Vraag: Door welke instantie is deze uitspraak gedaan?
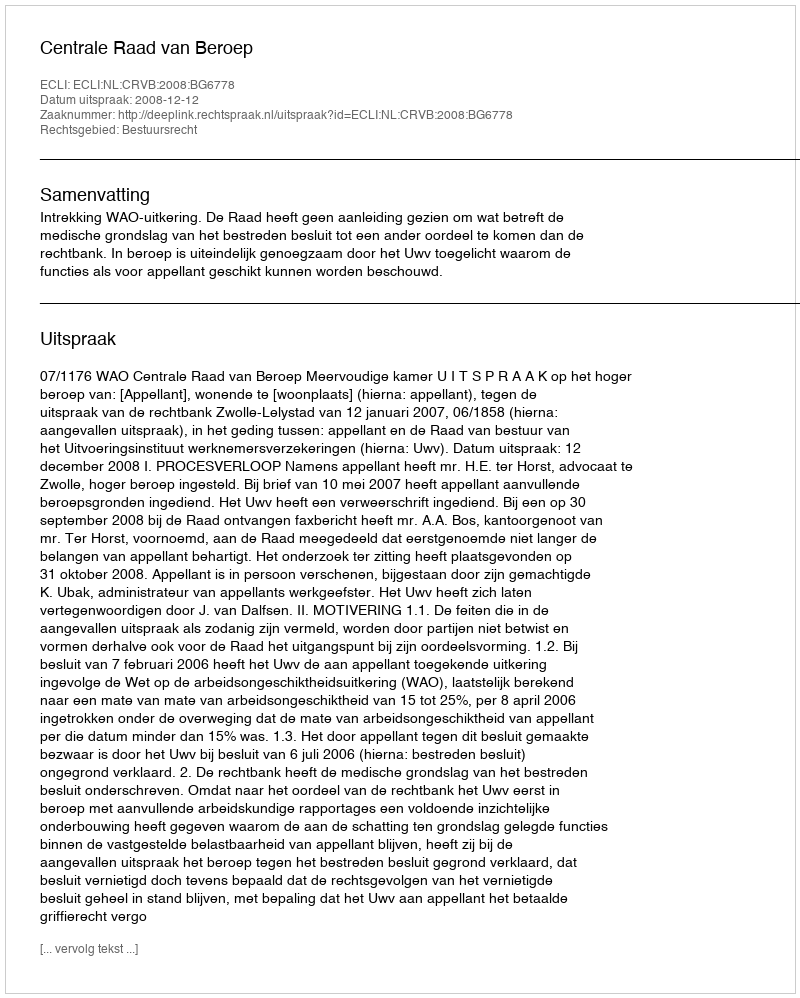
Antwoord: Centrale Raad van Beroep